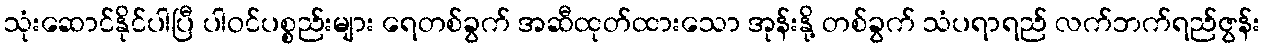
သုံးဆောင်နိုင်ပါပြီ ပါဝင်ပစ္စည်းများ ရေတစ်ခွက် အဆီထုတ်ထားသော အုန်းနို့ တစ်ခွက် သံပရာရည် လက်ဘက်ရည်ဇွန်း